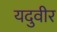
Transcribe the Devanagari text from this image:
यदुवीर